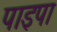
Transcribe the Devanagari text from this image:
पाइपा